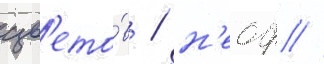
цв'ето́в / н'еоф //